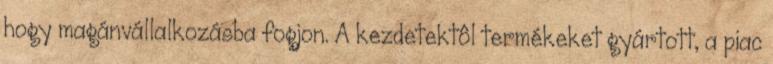
hogy magánvállalkozásba fogjon. A kezdetektôl termékeket gyártott, a piac